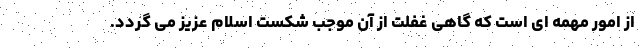
از امور مهمه ای است که گاهی غفلت از آن موجب شکست اسلام عزیز می گردد.